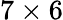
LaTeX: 7\times 6